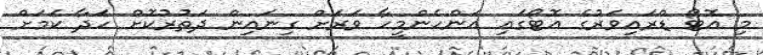
މި އޮޓޯ ޑްރައިވަރުގެ އޮޓޯގައި އަންހެންމީހާ ވަރަށް ގިނައިން ދަތުރުކޮށް ހަދާ ކަމަށް